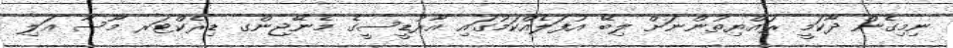
ނިމިގެން ދާކަމީ ރައްޔިތުންނަށް ލިބޭ އުފަލެއްކަމުގައި އާރުޑީސީގެ މެނޭޖިންގ ޑިރެކްޓަރ މޫސާ އަލި